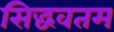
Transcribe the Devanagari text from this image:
सिद्धवतम